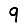
Digit: 9